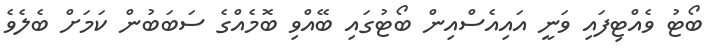
ބޯޓު ވެއްޓިފައި ވަނީ އައިއެސްއިން ބޯޓުގައި ބޭއްވި ބޮމެއްގެ ސަބަބުން ކަމަށް ބެލެވެ